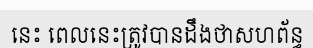
នេះ ពេលនេះត្រូវបានដឹងថាសហព័ន្ធ